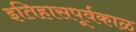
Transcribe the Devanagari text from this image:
इतिहासपूर्वकाळ